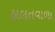
હાલતવાળા